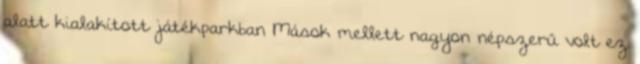
alatt kialakított játékparkban Mások mellett nagyon népszerű volt ez